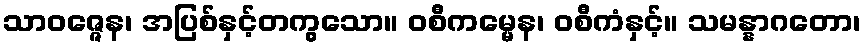
သာဝဇ္ဇေန၊ အပြစ်နှင့်တကွသော။ ဝစီကမ္မေန၊ ဝစီကံနှင့်။ သမန္နာဂတော၊